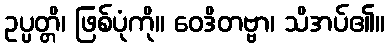
ဥပ္ပတ္တိ၊ ဖြစ်ပုံကို။ ဝေဒိတဗ္ဗာ၊ သိအပ်၏။